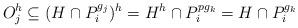
LaTeX: \begin{align*}O_j^h\subseteq(H\cap P_i^{g_j})^h=H^h\cap P_i^{pg_k}=H\cap P_i^{g_k}\end{align*}